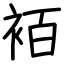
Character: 袹